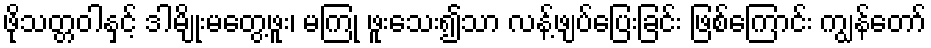
ဖိုသတ္တဝါနှင့် ဒါမျိုးမတွေ့ဖူး၊ မကြုံ ဖူးသေး၍သာ လန့်ဖျပ်ပြေးခြင်း ဖြစ်ကြောင်း ကျွန်တော်